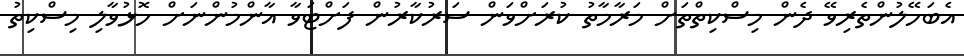
އެބަހޭލުންތެރިވޭ ދެން މިސްކިތްތަށް މަރާމާތު ކުރަށްވަން ސަރުކާރުން ފަށްޓަވާ އާންމުންނަށް ހޮޅުވާލި މިސްކިތު